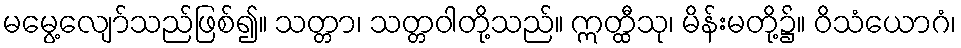
မမွေ့လျော်သည်ဖြစ်၍။ သတ္တာ၊ သတ္တဝါတို့သည်။ ဣတ္ထီသု၊ မိန်းမတို့၌။ ဝိသံယောဂံ၊